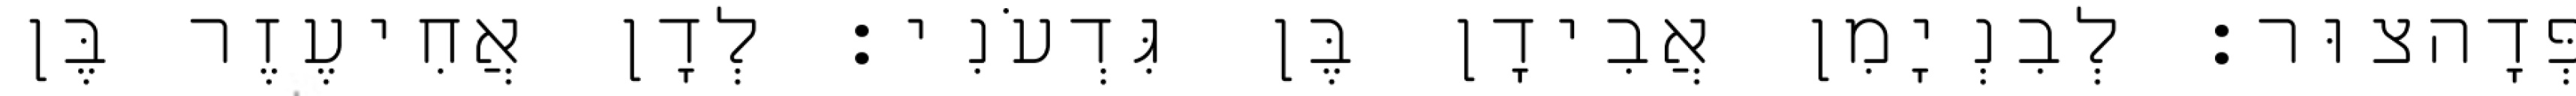
פְּדָהצוּר׃ לְבִנְיָמִן אֲבִידָן בֶּן גִּדְעֹנִי׃ לְדָן אֲחִיעֶזֶר בֶּן